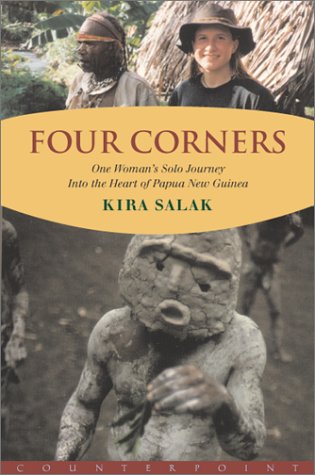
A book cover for Four Corners: One Woman's Solo Journey Into the Heart of Papua New Guinea; Kira Salak; Travel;